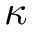
\kappa